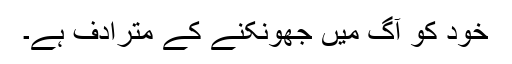
خود کو آگ میں جھونکنے کے مترادف ہے۔